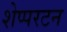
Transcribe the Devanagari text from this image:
शेप्परटन